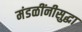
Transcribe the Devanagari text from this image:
मंडळींनीसुद्धा